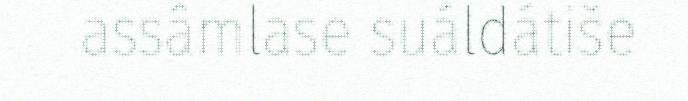
assâmlase suáldátiše